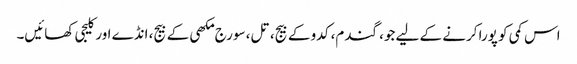
اس کمی کو پورا کرنے کے لیے جو، گندم، کدو کے بیج، تل، سورج مکھی کے بیج، انڈے اور کلیجی کھائیں۔